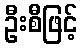
ဦးစီဖြင့်